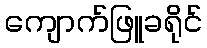
ကျောက်ဖြူခရိုင်